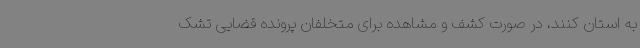
به استان کنند، در صورت کشف و مشاهده برای متخلفان پرونده قضایی تشک